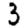
Digit: 3